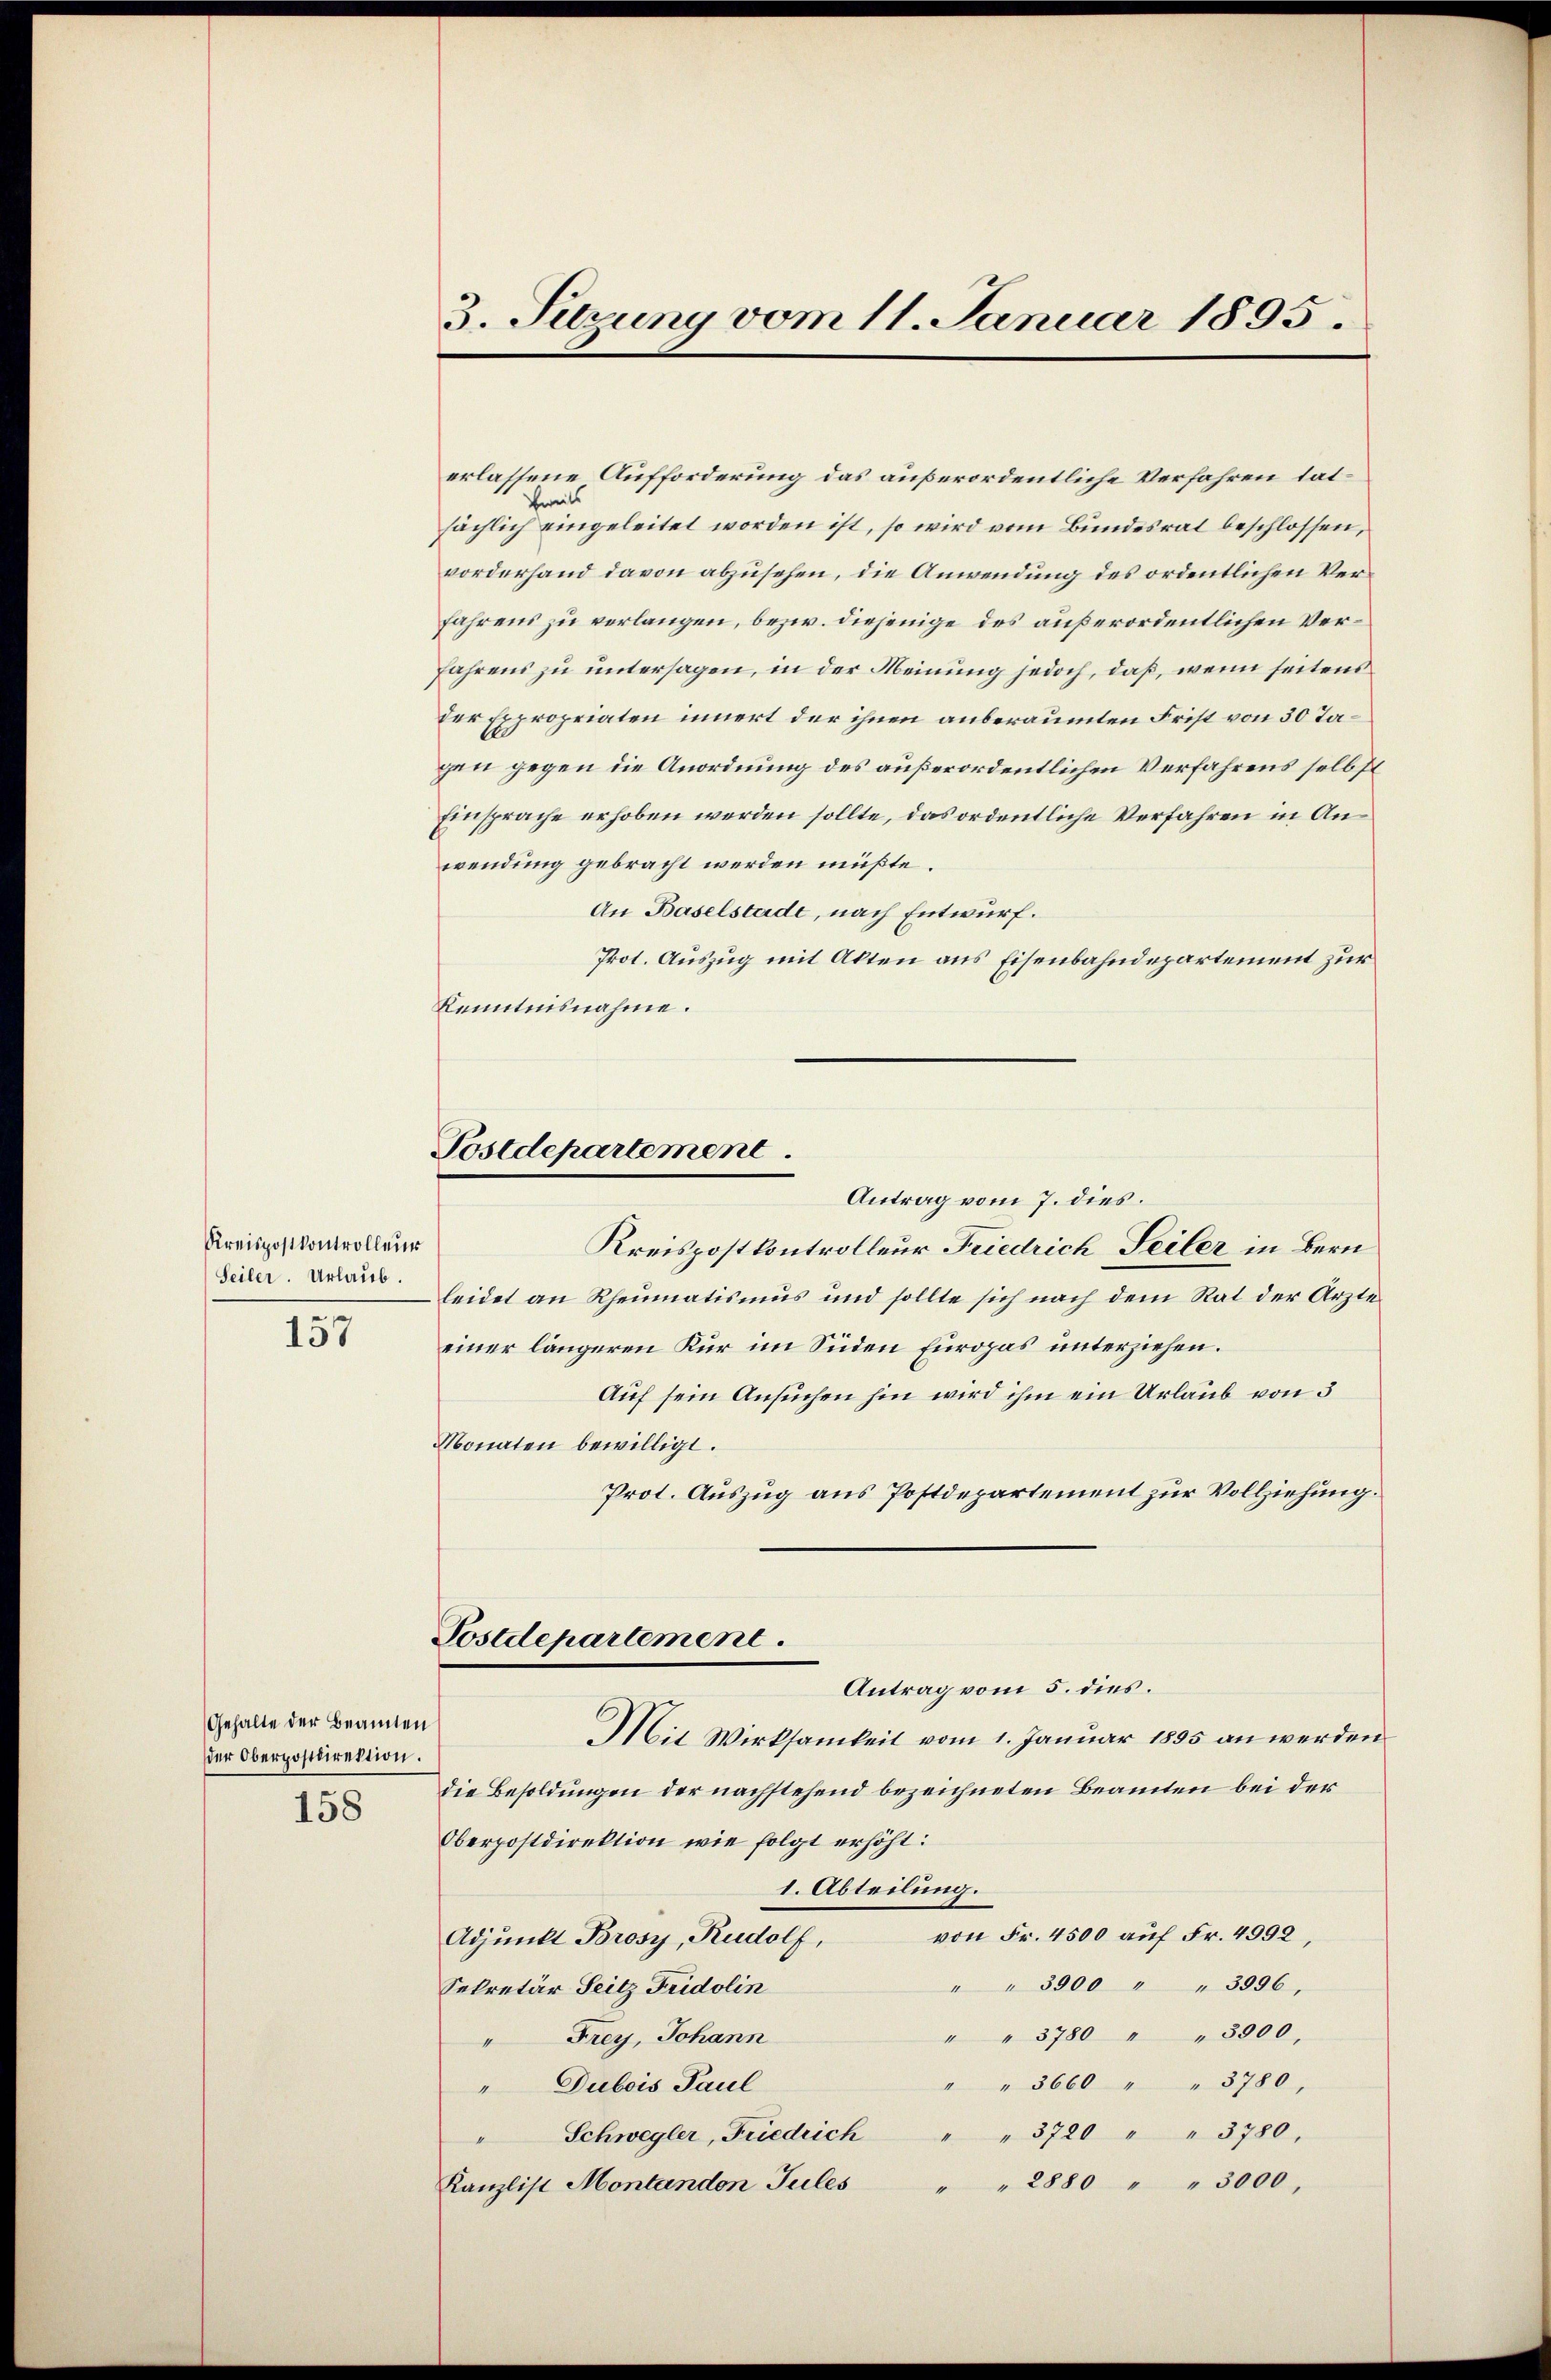
Kreispostkontrolleur
Seiler. Urlaub.

157

erlassene Aufforderung das außerordentliche Verfahren tat¬
Eweils
sächlich eingeleitet worden ist, so wird vom Bundesrat beschlossen,
vorderhand davon abzusehen, die Anwendung des ordentlichen Verfahrens zu verlangen, bezw. diejenige des außerordentlichen Ver¬
Jahrens zu untersagen, in der Meinung jedoch, daß, wenn seitens
der Expropriaten innert der ihnen anberaumten Frist von 30 Tagen gegen die Anordnung des außerordentlichen Verfahrens selbst
Einsprache erhoben werden sollte, das ordentliche Verfahren in Anwendung gebracht werden müßte.
An Baselstade, nach Entwurf.
Prot. Auszug mit Akten aus Eisenbahndepartement zur
Kenntnisnahme.
Kreispostkontrolleur Friedrich Seiler in Bern
leidet an Rheumatismus und sollte sich nach dem Rat der Arzte
einer längeren Kur im Süden furopas unterziehen.
Auf sein Ansuchen hin wird ihm ein Urlaub von 3
Monaten bewilligt.
Prot. Auszug aus Postdepartement zur Vollziehung.
Postdepartement.
Antrag vom 5. dies.
Mit Wirksamkeit vom 1. Januar 1855 an werden
die Besoldungen der nachstehend bezeichneten Beamten bei der
Oberpostdirektion wie folgt erhöht:
1. Abteilung.
von Fr. 4500 auf Fr. 4992,
Adjunkt Brosy, Rudolf,
" " 3900 " " 3096,
Sekretär Seitz Fridolin
" " 3780 " " 3000,
" Frey, Johann
" " 3660 " " 3780,
" Dubois Paul
" 3720 " " 3780.
Schwegler, Friedrich
mechten
Kanzlist Montandon Tules
" " 2880 " " 3000,

Gehalte der Beamten
der Oberpostdirektion.

158

3. Setzung vom 11. Januar 1895.

Postdepartement
Antrag vom 7. dies.